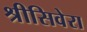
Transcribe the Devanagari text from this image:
श्रीसिवेरा